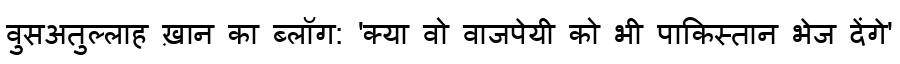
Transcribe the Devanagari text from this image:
वुसअतुल्लाह ख़ान का ब्लॉग: 'क्या वो वाजपेयी को भी पाकिस्तान भेज देंगे'